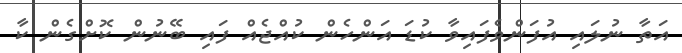
އަތާ ނުލައި އުފަންވެފައިވާ ކުޑަ އަންހެން ކުއްޖެއް ފައި ބޭނުން ކޮށްގެން ކާ